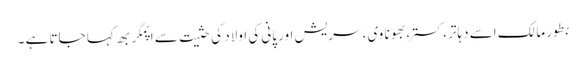
بطور مالک اسے دہاتر، کستر، بھونا وی، سریش اور پانی کی اولاد کی حثیت سے اپمگربھ کہا جاتا ہے ۔